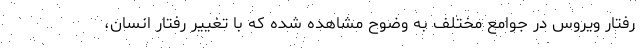
رفتار ویروس در جوامع مختلف به وضوح مشاهده شده که با تغییر رفتار انسان،